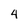
Character: 4